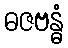
ဓဇဗန္ဓံ